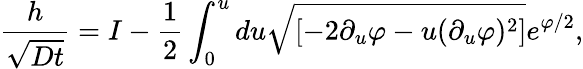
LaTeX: \frac{h}{\sqrt{Dt}}=I-\frac{1}{2}\int_{0}^{u}du\sqrt{[-2\partial_{u}\varphi-u(\partial_{u}\varphi)^{2}]}e^{\varphi/2},